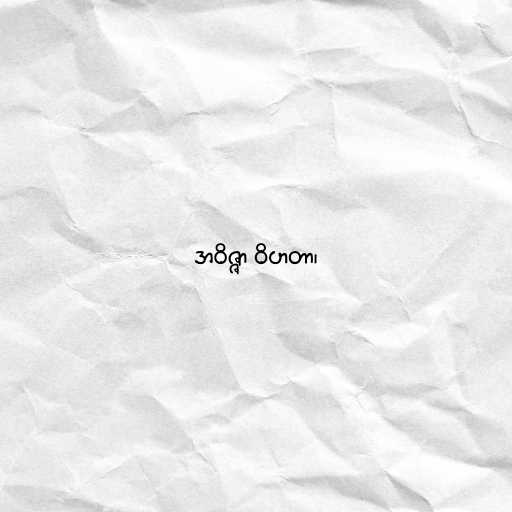
အဝိဇ္ဇာ ဝိဟတာ၊